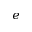
e